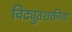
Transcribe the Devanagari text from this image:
विद्युतशक्तीचा